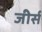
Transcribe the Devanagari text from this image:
जीर्स